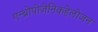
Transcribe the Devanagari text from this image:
एन्थ्रोपोजेनिकहेलोजन